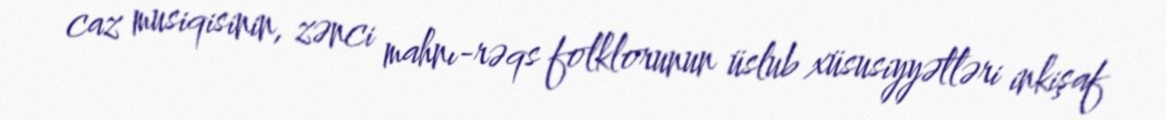
caz musiqisinin, zənci mahnı-rəqs folklorunun üslub xüsusiyyətləri inkişaf